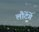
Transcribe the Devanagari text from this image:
लौटेंगें